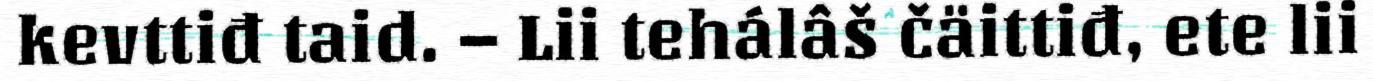
kevttiđ taid. – Lii tehálâš čäittiđ, ete lii